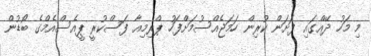
މި މަހު ދޭއްގައި ފަށަން ކުރިން ހަމަޖެއްސުމަށްފަހު ޕްރިމިއާ ފަސްކުރީ ޕީއެސްއެމްގެ ބޯޑުން